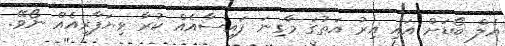
އެލް ބޯޑަށް އައި އިރު އަތުގަ މާގިނަ ފައިސާއެއް ކުރާ ވިޔަފާރިއެއް ނޯވޭ.